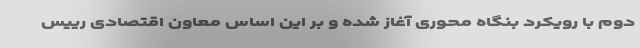
دوم با رویکرد بنگاه محوری آغاز شده و بر این اساس معاون اقتصادی رییس